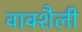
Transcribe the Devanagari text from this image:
वाक्शैली